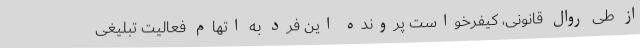
از طی روال قانونی، کیفرخواست پرونده این فرد به اتهام فعالیت تبلیغی